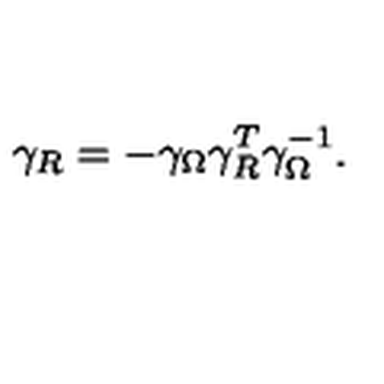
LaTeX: \gamma _ { R } = - \gamma _ { \Omega } \gamma _ { R } ^ { T } \gamma _ { \Omega } ^ { - 1 } .